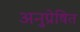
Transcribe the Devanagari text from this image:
अनुप्रेषित